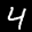
Label: 4